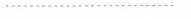
……